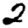
Digit: 2